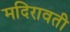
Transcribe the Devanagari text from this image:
मदिरावती